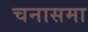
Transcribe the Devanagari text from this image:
चनासमा